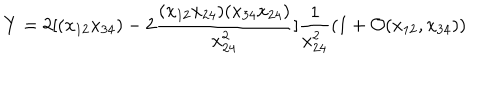
LaTeX: Y = 2 [ ( x _ { 1 2 } x _ { 3 4 } ) - 2 \frac { ( x _ { 1 2 } x _ { 2 4 } ) ( x _ { 3 4 } x _ { 2 4 } ) } { x _ { 2 4 } ^ { 2 } } ] \frac { 1 } { x _ { 2 4 } ^ { 2 } } ( 1 + \mathcal { O } ( x _ { 1 2 } , x _ { 3 4 } ) )